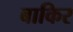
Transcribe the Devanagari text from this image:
बाकिर